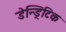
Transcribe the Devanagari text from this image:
डेन्ड्रिटिक